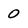
Character: 0